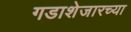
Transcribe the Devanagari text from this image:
गडाशेजारच्या